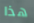
هذا